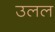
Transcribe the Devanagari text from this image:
उलल